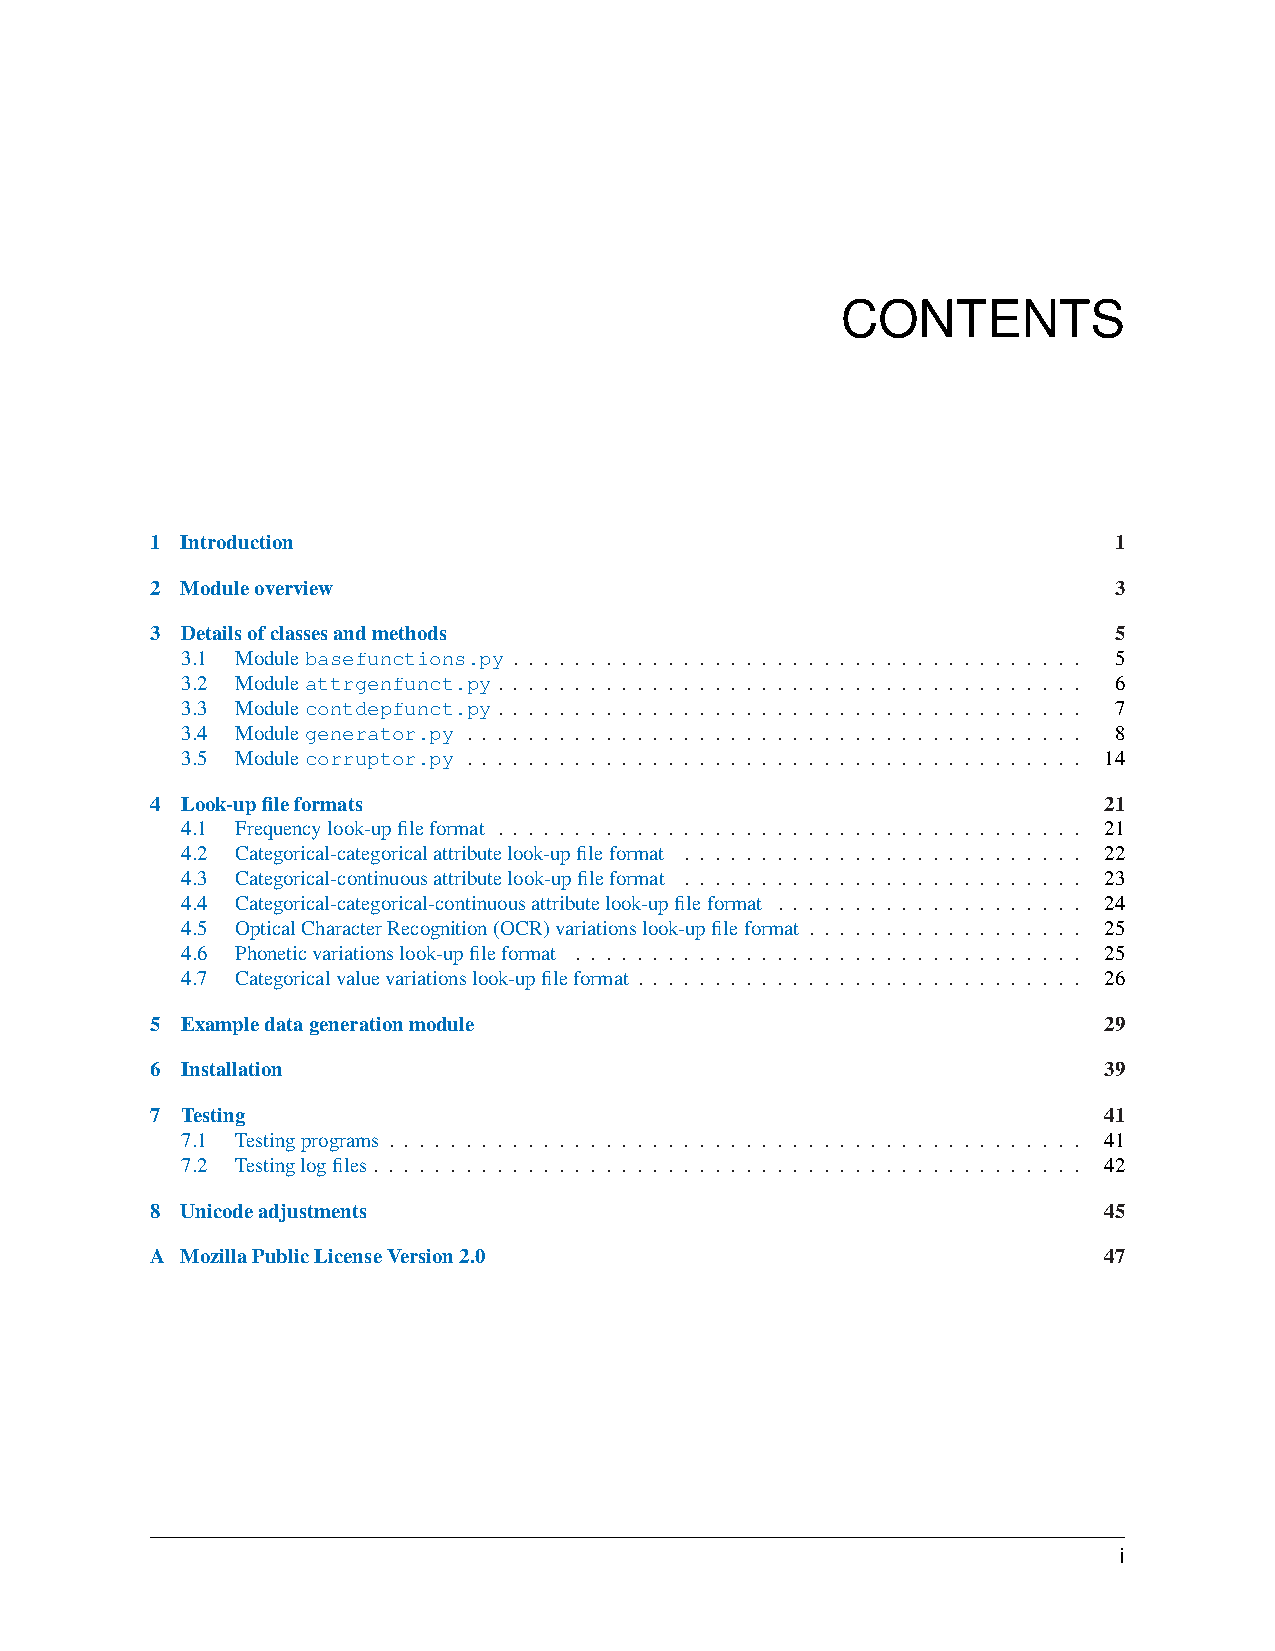
CONTENTS
 1 Introduction                                                  1
 2 Moduleoverview                                                3
 3 Detailsofclassesandmethods                                    5
 3.1 Modulebasefunctions.py . . . . . . . . . . . . . . . . . . . . . . . . . . . . . . . . . . . . . 5
 3.2 Moduleattrgenfunct.py. . . . . . . . . . . . . . . . . . . . . . . . . . . . . . . . . . . . . . 6
 3.3 Modulecontdepfunct.py. . . . . . . . . . . . . . . . . . . . . . . . . . . . . . . . . . . . . . 7
 3.4 Modulegenerator.py . . . . . . . . . . . . . . . . . . . . . . . . . . . . . . . . . . . . . . . . 8
 3.5 Modulecorruptor.py . . . . . . . . . . . . . . . . . . . . . . . . . . . . . . . . . . . . . . . . 14
 4 Look-upfileformats                                           21
 4.1 Frequencylook-upfileformat . . . . . . . . . . . . . . . . . . . . . . . . . . . . . . . . . . . . . . 21
 4.2 Categorical-categoricalattributelook-upfileformat . . . . . . . . . . . . . . . . . . . . . . . . . . 22
 4.3 Categorical-continuousattributelook-upfileformat . . . . . . . . . . . . . . . . . . . . . . . . . . 23
 4.4 Categorical-categorical-continuousattributelook-upfileformat . . . . . . . . . . . . . . . . . . . . 24
 4.5 OpticalCharacterRecognition(OCR)variationslook-upfileformat . . . . . . . . . . . . . . . . . . 25
 4.6 Phoneticvariationslook-upfileformat . . . . . . . . . . . . . . . . . . . . . . . . . . . . . . . . . 25
 4.7 Categoricalvaluevariationslook-upfileformat . . . . . . . . . . . . . . . . . . . . . . . . . . . . . 26
 5 Exampledatagenerationmodule                                  29
 6 Installation                                                 39
 7 Testing                                                      41
 7.1 Testingprograms . . . . . . . . . . . . . . . . . . . . . . . . . . . . . . . . . . . . . . . . . . . . . 41
 7.2 Testinglogfiles. . . . . . . . . . . . . . . . . . . . . . . . . . . . . . . . . . . . . . . . . . . . . . 42
 8 Unicodeadjustments                                           45
 A MozillaPublicLicenseVersion2.0                               47
 i